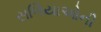
સળિયાઓની